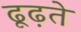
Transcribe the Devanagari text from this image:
ढूढ़ते